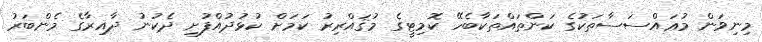
މިނިވަން މުޢައްސަސާތަކުގެ ކަންތައްތަކާބެހޭ ކޮމިޓީގެ މުޤައްރިރު ކަމަށް ކުޅުދުއްފުށި ދެކުނު ދާއިރާގެ މެންބަރު